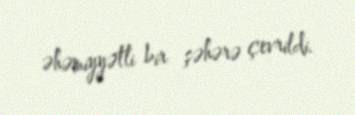
əhəmiyyətli bir şəhərə çevrildi.